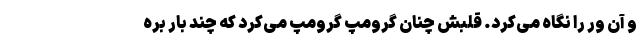
و آن ور را نگاه می‌کرد. قلبش چنان گرومپ گرومپ می‌کرد که چند بار بره